Report of the Indian Hemp Drugs Commission, 1894-1895 - Volume VI
Year: 1894
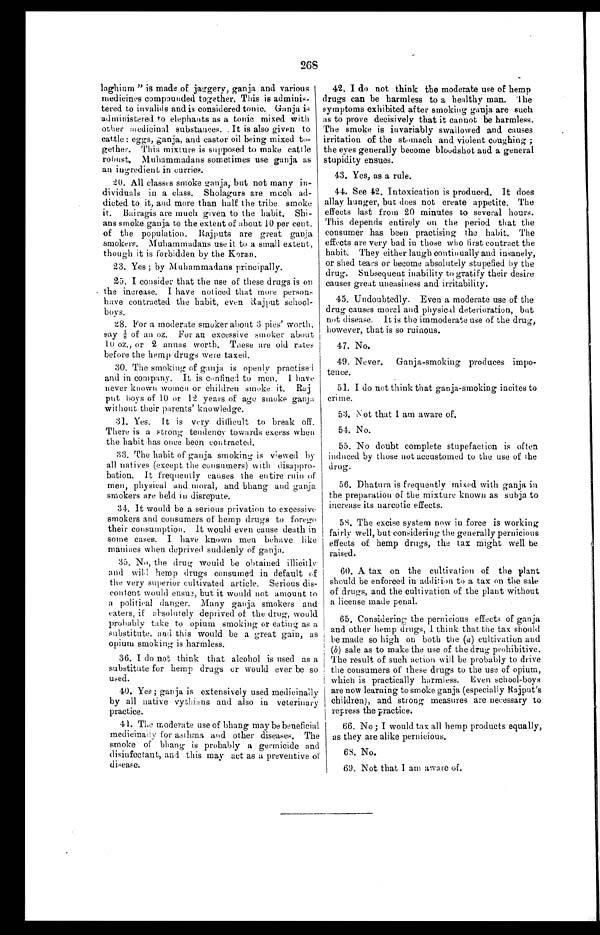
268
laghium ” is made of jaggery, ganja and various
medicines compounded together. This is adminis-
tered to invalids and is considered tonic. Ganja is
administered to elephants as a tonic mixed with
other medicinal substances. . It is also given to
cattle : eggs, ganja, and castor oil being mixed to-
- g e t h e r . T h i s m i x t u r e i s s u p p o s e d t o m a k e c a t t l e
robust. Muhammadans sometimes use ganja as
an ingredient in curries.
20. All classes smoke ganja, but not many in-
-dividuals in a class. Sholagurs are much ad-
- d i c t e d t o i t , a n d m o r e t h a n h a l f t h e t r i b e s m o k e
it. Bairagis are much given to the habit. Shi-
- a n s s m o k e g a n j a t o t h e e x t e n t o f a b o u t 1 0 p e r c e n t .
of the population. Rajputs are great ganja
smokers. Muhammadans use it to a small extent,
though it is forbidden by the Koran.
23. Yes ; by Muhammadans principally.
25. I consider that the use of these drugs is on
the increase. I have noticed that more persons
have contracted the habit, even Rajput school-
boys.
28. For a moderate smoker about 3 pies’ worth,
s a y 1 / 8 o f a n o z . F o r a n e x c e s s i v e s m o k e r a b o u t
10 oz., or 2 annas worth. These are old rates
before the hemp drugs were taxed.
30. The smoking of ganja is openly practised
and in company. It is confined to men. I have
never known women or children smoke it. Raj
put boys of 10 or 12 years of age smoke ganja
without their parents’ knowledge.
31. Yes. It is very difficult to break off.
There is a strong tendency towards excess when
the habit has once been contracted.
33. The habit of ganja smoking is viewed by
all natives (except the consumers) with
d i s a p p r o - b a t i o n . I t f r e q u e n t l y c a u s e s t h e e n t i r e r u i n o f
men, physical and moral, and bhang and ganja
smokers are held in disrepute.
34. It would be a serious privation to excessive
smokers and consumers of hemp drugs to forego
their consumption. It would even cause death in
some cases. I have known men behave like
maniacs when deprived suddenly of ganja.
3 5 . N o , t i m e d r u g w o u l d b e o b t a i n e d i l l i c i t l y
and will hemp drugs consumed in default of
the very superior cultivated article. Serious dis--
content would ensue, but it would not amount to
a political danger. Many ganja smokers and
e a t e r s , i f a b s o l u t e l y d e p r i v e d o f t h e d r u g , w o u l d
probably take to opium smoking or eating as a
substitute. and this would be a great gain, as
opium smoking is harmless.
36. I do not think that alcohol is used as a
substitute for hemp drugs or would ever be so
used.
40. Yes ; ganja is extensively used medicinally
by all native vythians and also in veterinary
practice.
41. The moderate use of bhang may be beneficial
mddicinaily for asthma and other diseases. The
smoke of Wang is probably a germicide and
disinfectant, and this may act as a preventive of
disease.
40. I do not think the moderate use of hemp
drugs can be harmless to a healthy man. The
symptoms exhibited after smoking ganja are such
as to prove decisively that it cannot be harmless.
The smoke is invariably swallowed and causes
irritation of the stomach and violent coughing ;
the eves generally become bloodshot and a general
stupidity ensues.
43. Yes, as a rule.
44. See 42. Intoxication is produced. It does
allay hunger, but does not create appetite. The
effects last from 20 minutes to several hours.
This depends entirely on the period that the
consumer has been practising the habit. The
effects are very bad in those who first contract the
habit. They either laugh continually and insanely,
or shed tears or become absolutely stupefied by the
drug. Subsequent inability to gratify their desire
causes great uneasiness and irritability.
45. Undoubtedly. Even a moderate use of the
drug causes moral and physical deterioration, but
not disease. It is the immoderate use of the drug,
however, that is so ruinous.
47. No.
49. Never. Ganja-smoking produces
impo-tence.
51. I do not think that ganja-smoking incites to
crime.
53. Not that I am aware of.
5 4 . N o .
55. No doubt complete stupefaction is often
induced by those not accustomed to the use of the
drug.
56. Dhatura is frequently mixed with ganja in
the preparation of the mixture known as subja to
increase its narcotic effects.
58. The excise system now in force is working
fairly well, but considering the generally pernicious
effects of hemp drugs, the tax might well be
raised.
60. A tax on the cultivation of the plant
should be enforced in addition to a tax on the sale
of drugs, and the cultivation of the plant without
a license made penal.
65. Considering the pernicious effects of ganja
and other hemp drugs, I think that the tax should
be made so high on both time (a) cultivation and
(b) sale as to make the use of the drug prohibitive.
The result of such action will be probably to drive
the consumers of these drugs to the use of opium,
which is practically harmless. Even school-boys
are now learning to smoke ganja (especially Rajput’s
children), and strong measures are necessary to
repress the practice.
66. No; I would tax all hemp products equally,
as they are alike pernicious.
6 8 . N o .
69. Not that I am aware of.